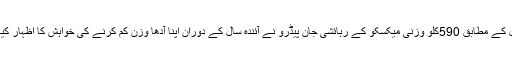
تفصیل کے مطابق 590کلو وزنی میکسکو کے رہائشی جان پیڈرو نے آئندہ سال کے دوران اپنا آدھا وزن کم کرنے کی خواہش کا اظہار کیا ہے ۔